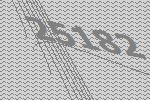
25182